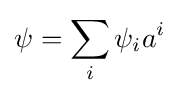
\psi =\sum \limits _{i}\psi _{i}a^{i}